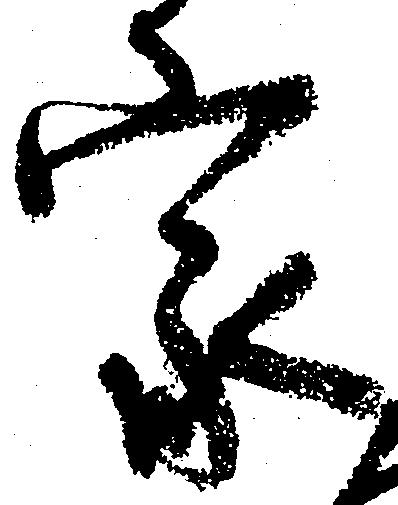
家